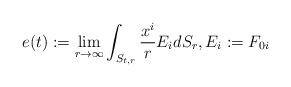
LaTeX: \begin{align*}e(t):=\lim_{r\rightarrow\infty}\int_{S_{t,r}}\frac{x^{i}}{r}E_{i}dS_{r},E_{i}:=F_{0i}\end{align*}